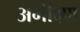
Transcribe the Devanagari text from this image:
अभीक्ष्ण